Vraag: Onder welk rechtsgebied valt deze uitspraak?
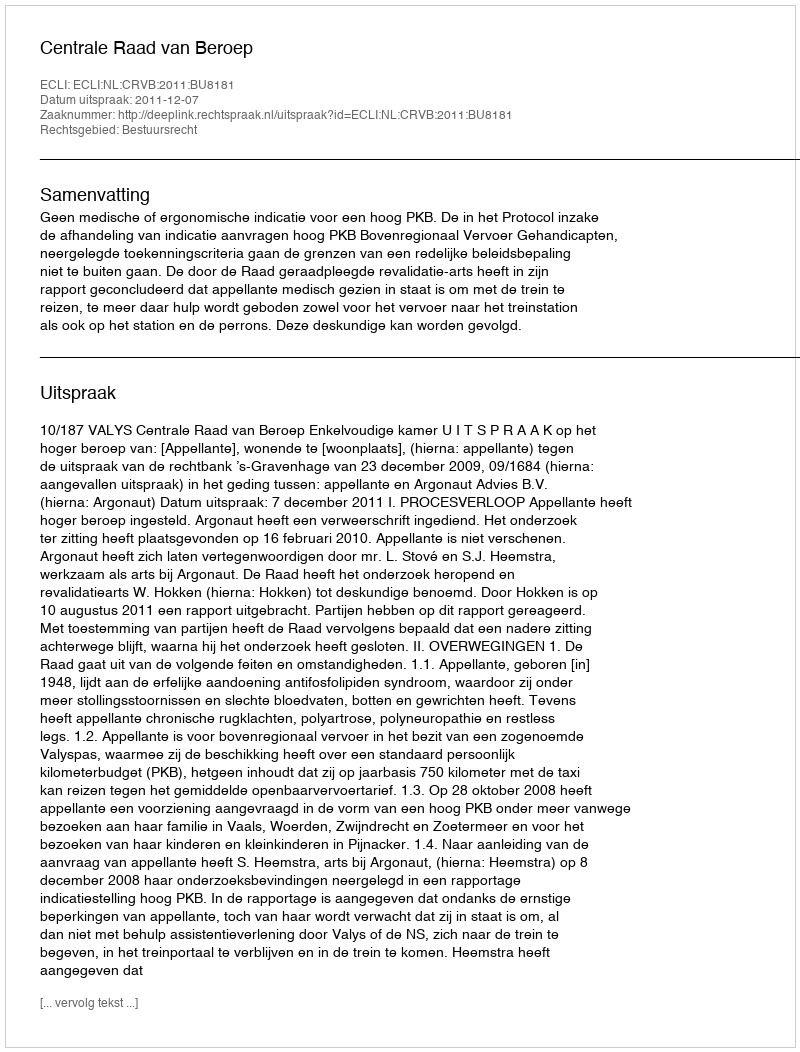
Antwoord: Bestuursrecht